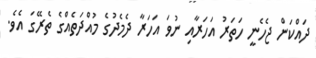
ދައްކަން ޖެހެނީ ހަތަރު އަހަރާއި ނުވަ އަހަރާ ދެމެދުގެ މުއްދަތެއްގެ ތެރޭގަ އެވެ.